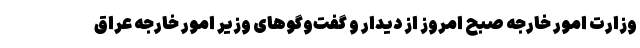
وزارت امور خارجه صبح امروز از دیدار و گفت‌وگوهای وزیر امور خارجه عراق